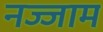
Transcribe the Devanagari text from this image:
नज्जाम